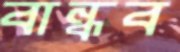
বান্ধব